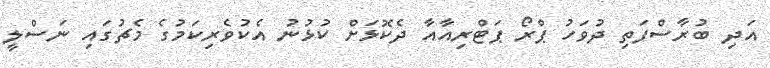
އަދި ބުރާސްފަތި ދުވަހު ޕްރޯ ޕަޓްރިއާއާ ދެކޮޅަށް ކުޅުނު އެކުވެރިކަމުގެ މެޗުގައި ނަސްލީ